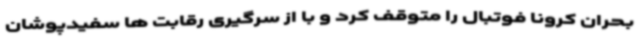
بحران کرونا فوتبال را متوقف کرد و با از سرگیری رقابت ها سفیدپوشان